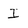
Character: I